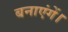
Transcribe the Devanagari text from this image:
बनाएंगें।